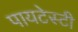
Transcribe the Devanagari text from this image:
पायटेस्टी